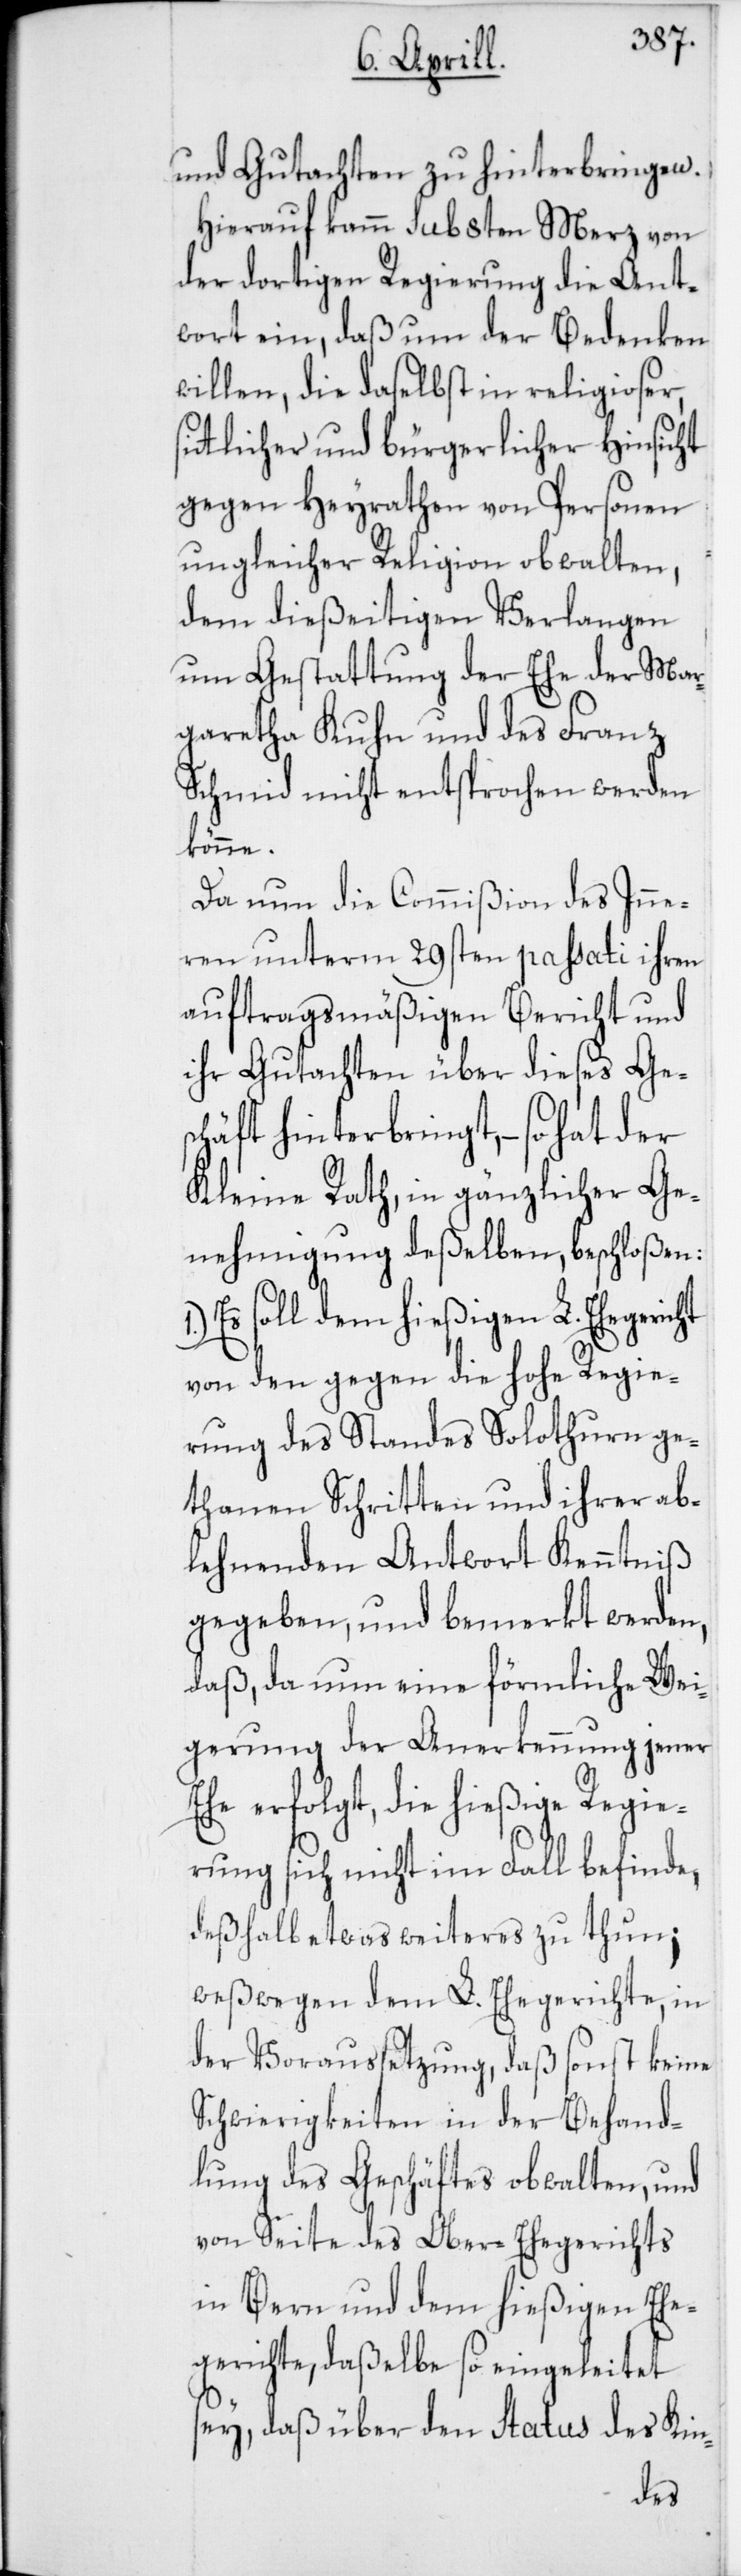
sit¬
und Gutachten zu hinterbringen.
Hierauf kam sub 8ten Merz von
der dortigen Regierung die Ant¬
wort ein, daß um der Bedenken
willen, die daselbst in religioser,
tlicher und bürgerlicher Hinsicht
gegen Heyrathen von Personen
ungleicher Religion obwalten,
dem dießeitigen Verlangen
um Gestattung der Ehe der Mar¬
garetha Kuhn und des Franz
Schmid nicht entsprochen werden
könne.
Da nun die Commißion des Inne¬
ren unterm 29sten passati ihren
auftragsmäßigen Bericht und
ihr Gutachten über dieses Ges¬
chäft hinterbringt, – so hat der
Kleine Rath, in gänzlicher Ge¬
nehmigung deßelben, beschloßen:
Es soll dem hießigen L. Ehegericht
von den gegen die hohe Regie¬
rung des Standes Solothurn ge¬
thanen Schritten und ihrer ab¬
lehnenden Antwort Kenntniß
gegeben, und bemerkt werden,
daß, da nun eine förmliche Wei¬
gerung der Anerkennung jener
Ehe erfolgt, die hießige Regie¬
rung sich nicht im Fall befinde,
deshalb etwas weiteres zu thun;
weßwegen dem L. Ehegerichte, in
der Voraussetzung, daß sonst keine
Schwierigkeiten in der Behand¬
lung des Geschäftes obwalten, und
von Seite des Ober-Ehegerichts
in Bern und dem hießigen Ehe¬
gerichte, daßelbe so eingeleitet
sey, daß über den Status des Kin-